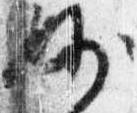
妙